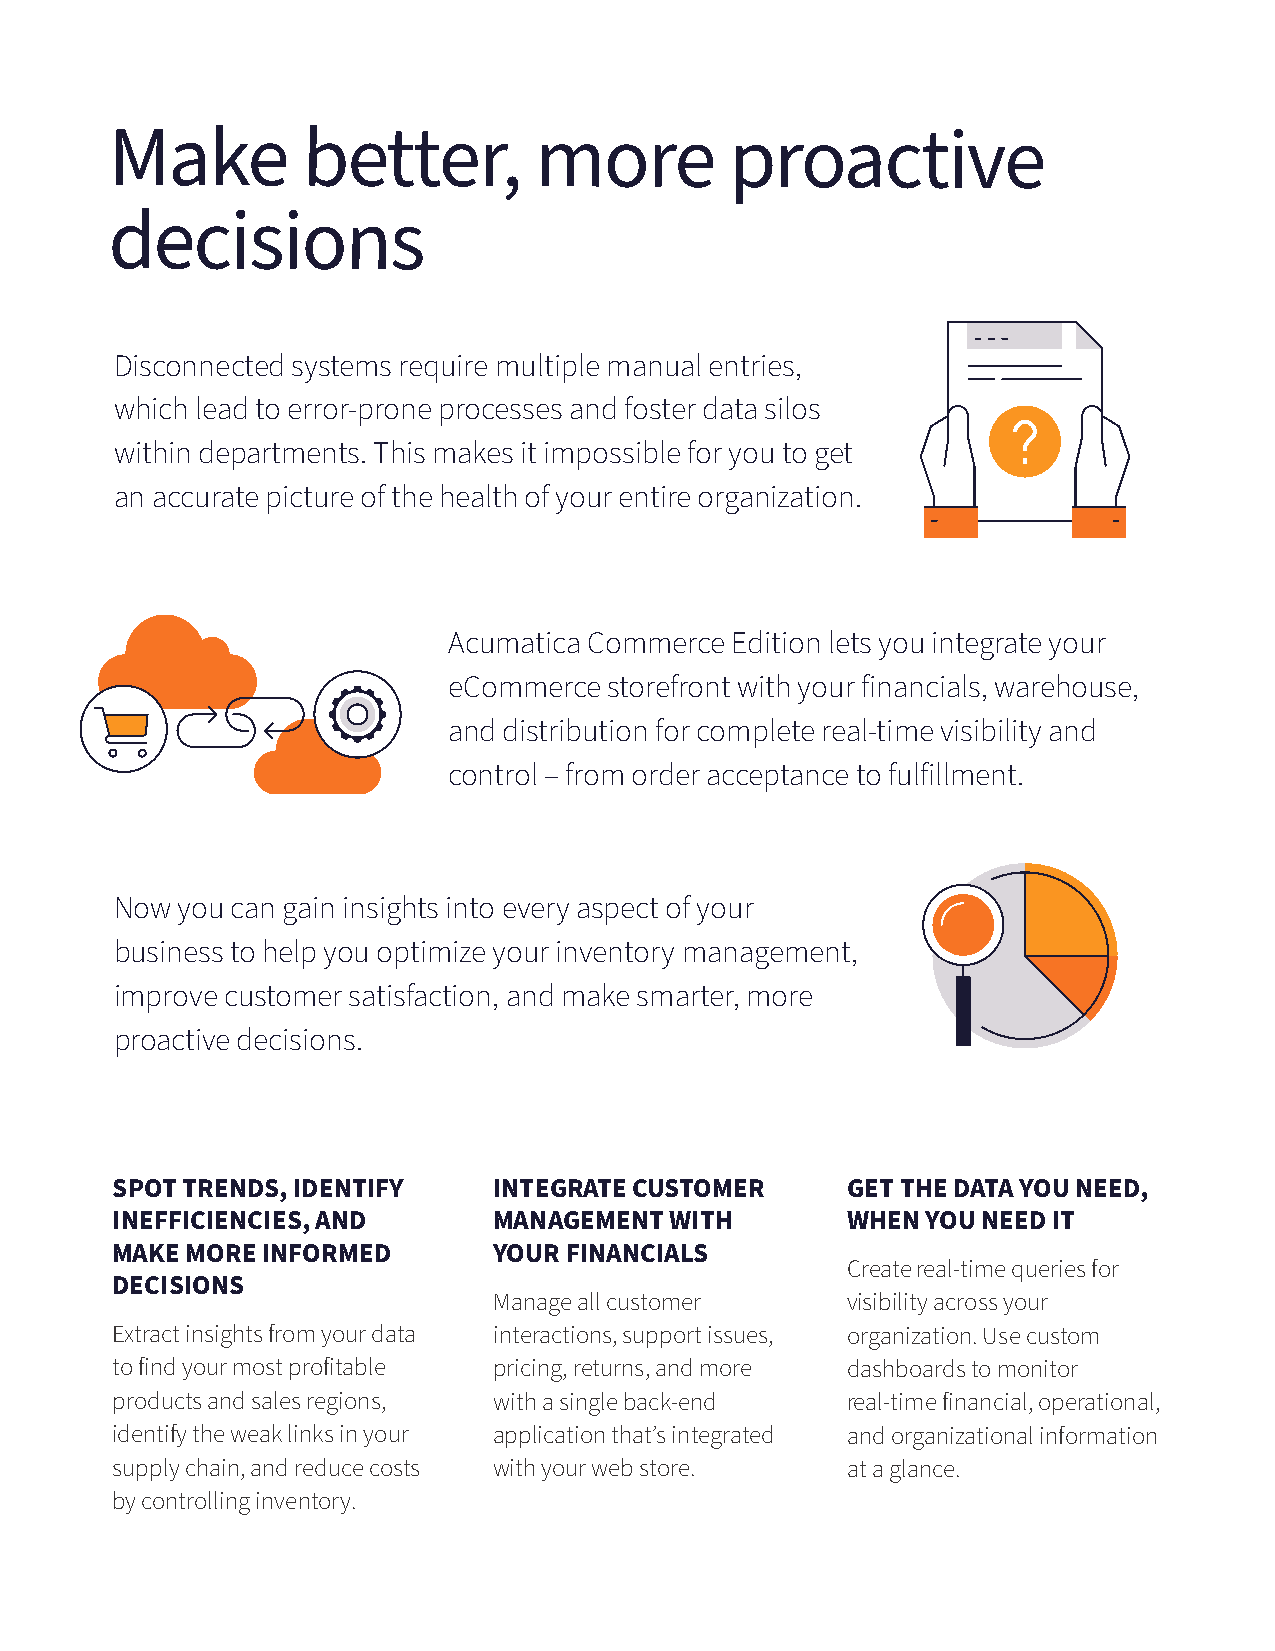
Make         better,        more         proactive
 decisions
 Disconnected systems require multiple manual entries,
 which lead to error-prone processes and foster data silos
 within departments. This makes it impossible for you to get
 an accurate picture of the health of your entire organization.
 Acumatica Commerce Edition lets you integrate your
 eCommerce storefront with your financials, warehouse,
 and distribution for complete real-time visibility and
 control – from order acceptance to fulfillment.
 Now you can gain insights into every aspect of your
 business to help you optimize your inventory management,
 improve customer satisfaction, and make smarter, more
 proactive decisions.
 SPOT TRENDS, IDENTIFY     INTEGRATE CUSTOMER     GET THE DATA YOU NEED,
 INEFFICIENCIES, AND       MANAGEMENT WITH        WHEN YOU NEED IT
 MAKE MORE INFORMED        YOUR FINANCIALS
 Create real-time queries for
 DECISIONS
 Manage all customer    visibility across your
 Extract insights from your data interactions, support issues, organization. Use custom
 to find your most profitable pricing, returns, and more dashboards to monitor
 products and sales regions, with a single back-end real-time financial, operational,
 identify the weak links in your application that’s integrated and organizational information
 supply chain, and reduce costs with your web store. at a glance.
 by controlling inventory.